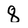
Character: 8